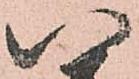
い